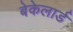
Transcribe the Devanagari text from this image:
बेकेलार्ड